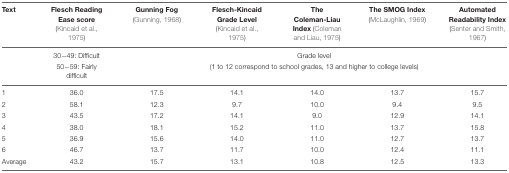
<table><thead><tr><td><b>Text</b></td><td><b>Flesch Reading Ease score (Kincaid et al., 1975)</b></td><td><b>Gunning Fog (Gunning, 1968)</b></td><td><b>Flesch-Kincaid Grade Level (Kincaid et al., 1975)</b></td><td><b>The Coleman-Liau Index (Coleman and Liau, 1975)</b></td><td><b>The SMOG Index (McLaughlin, 1969)</b></td><td><b>Automated Readability Index (Senter and Smith, 1967)</b></td></tr></thead><tbody><tr><td>[EMPTY_CELL]</td><td>30-49: Difficult</td><td colspan="5">Grade level</td></tr><tr><td>[EMPTY_CELL]</td><td>50-59: Fairly difficult</td><td colspan="5">(1 to 12 correspond to school grades, 13 and higher to college levels)</td></tr><tr><td>1</td><td>36.0</td><td>17.5</td><td>14.1</td><td>14.0</td><td>13.7</td><td>15.7</td></tr><tr><td>2</td><td>58.1</td><td>12.3</td><td>9.7</td><td>10.0</td><td>9.4</td><td>9.5</td></tr><tr><td>3</td><td>43.5</td><td>17.2</td><td>14.1</td><td>9.0</td><td>12.9</td><td>14.1</td></tr><tr><td>4</td><td>38.0</td><td>18.1</td><td>15.2</td><td>11.0</td><td>13.7</td><td>15.8</td></tr><tr><td>5</td><td>36.9</td><td>15.6</td><td>14.0</td><td>11.0</td><td>12.7</td><td>13.7</td></tr><tr><td>6</td><td>46.7</td><td>13.7</td><td>11.7</td><td>10.0</td><td>12.4</td><td>11.1</td></tr><tr><td>Average</td><td>43.2</td><td>15.7</td><td>13.1</td><td>10.8</td><td>12.5</td><td>13.3</td></tr></tbody></table>